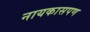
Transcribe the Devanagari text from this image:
नायकासपण